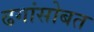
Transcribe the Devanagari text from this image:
ढगांसोबत